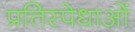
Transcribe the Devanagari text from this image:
प्रतिस्पेधाओं